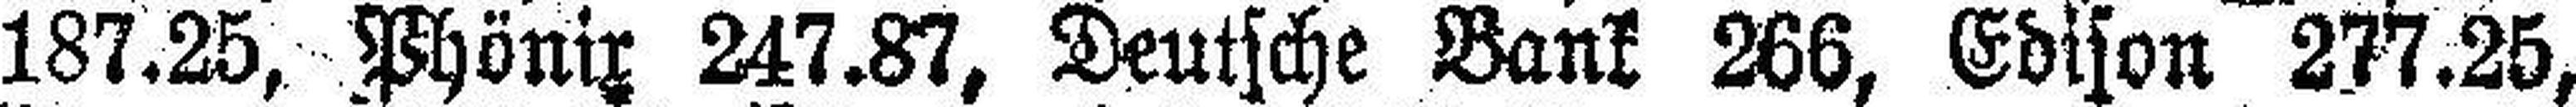
187.25, Phönix 247.87, Deutsche Bank 266, Edison 277.25,